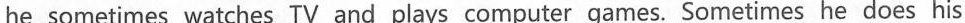
he sometimes watches TV and plays computer games. Sometimes he does his